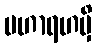
မဟာရဟမှိ